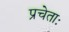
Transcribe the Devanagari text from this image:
प्रचेताः